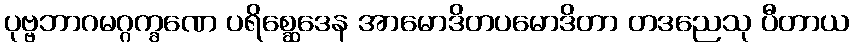
ပုဗ္ဗဘာဂမဂ္ဂက္ခဏေ ပရိစ္ဆေဒေန အာမောဒိတပမောဒိတာ တဒညေသု ပီတာယ